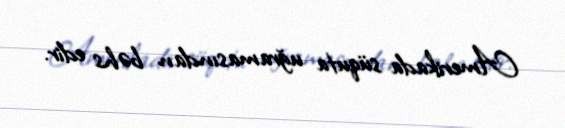
Amerikada süquta uğramasından bəhs edir.